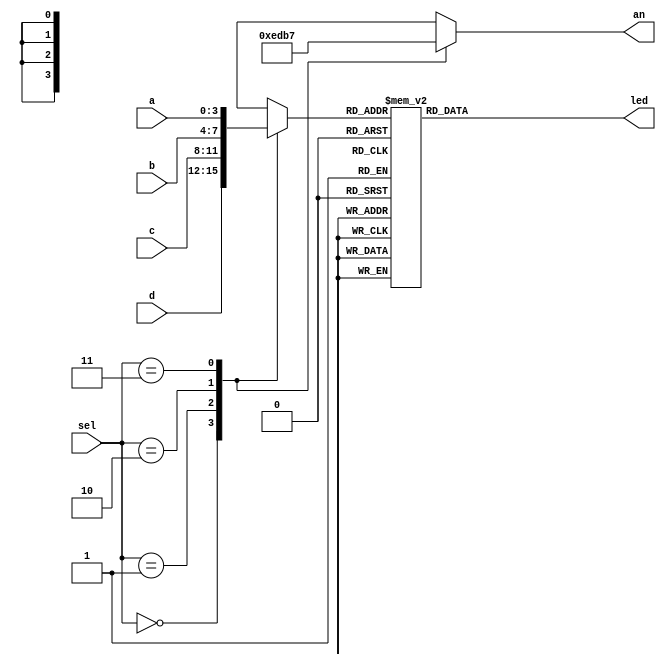
`timescale 1ns / 1ps
//////////////////////////////////////////////////////////////////////////////////
// Company: 
// Engineer: 
// 
// Design Name: 
// Module Name: seven_seg
// Project Name: 
// Target Devices: 
// Tool Versions: 
// Description: 
// 
// Dependencies: 
// 
// Revision:
// Revision 0.01 - File Created
// Additional Comments:
// 
//////////////////////////////////////////////////////////////////////////////////


module seven_seg(
    input [3:0] a,
    input [3:0] b,
    input [3:0] c,
    input [3:0] d,
    input [1:0] sel,
    output reg [6:0] led,
    output reg [3:0] an
    );
    
    reg [3:0] cnt;
    
    always @ (sel)
        case (sel)
            2'b00 : 
                begin
                    cnt = d;
                    an = 4'b1110;
                end
            2'b01 :
                begin
                    cnt = c;
                    an = 4'b1101;
                end
            2'b10:
                begin
                    cnt = b;
                    an = 4'b1011;
                end
            2'b11:
                begin
                    cnt = a;
                    an = 4'b0111;
                end
        endcase
        
    always @(*)
        case(cnt)
            4'h0 : led = 8'b11000000;
            4'h1 : led = 8'b11111001;
            4'h2 : led = 8'b10100100;
            4'h3 : led = 8'b10110000;
            4'h4 : led = 8'b10011001;
            4'h5 : led = 8'b10010010;
            4'h6 : led = 8'b10000010;
            4'h7 : led = 8'b11111000;
            4'h8 : led = 8'b10000000;
            4'h9 : led = 8'b10010000;
            4'hA : led = 8'b11001000;
            4'hB : led = 8'b10000011;
            4'hC : led = 8'b11000110;
            4'hD : led = 8'b10100001;
            4'hE : led = 8'b10000110;
            4'hF : led = 8'b10001110; 
            default : led = 8'b00000000;
        endcase
endmodule